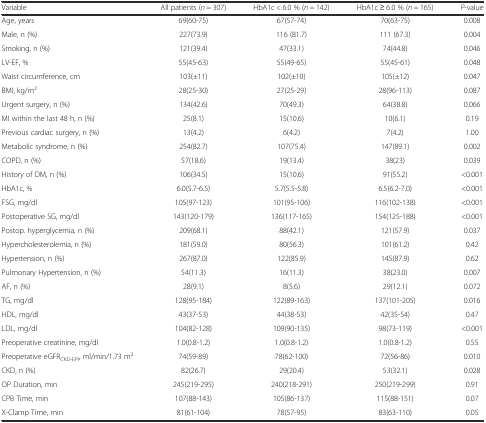
<table><thead><tr><td><b>Variable</b></td><td><b>All patients (<i>n</i> = 307)</b></td><td><b>HbA1c &lt; 6.0 % (<i>n</i> = 142)</b></td><td><b>HbA1c ≥ 6.0 % (<i>n</i> = 165)</b></td><td><b><i>P</i>-value</b></td></tr></thead><tbody><tr><td>Age, years</td><td>69(60-75)</td><td>67(57-74)</td><td>70(63-75)</td><td>0.008</td></tr><tr><td>Male, n (%)</td><td>227(73.9)</td><td>116 (81.7)</td><td>111 (67.3)</td><td>0.004</td></tr><tr><td>Smoking, n (%)</td><td>121(39.4)</td><td>47(33.1)</td><td>74(44.8)</td><td>0.046</td></tr><tr><td>LV-EF, %</td><td>55(45-63)</td><td>55(49-65)</td><td>55(45-61)</td><td>0.048</td></tr><tr><td>Waist circumference, cm</td><td>103(±11)</td><td>102(±10)</td><td>105(±12)</td><td>0.047</td></tr><tr><td>BMI, kg/m<sup>2</sup></td><td>28(25-30)</td><td>27(25-29)</td><td>28(96-113)</td><td>0.087</td></tr><tr><td>Urgent surgery, n (%)</td><td>134(42.6)</td><td>70(49.3)</td><td>64(38.8)</td><td>0.066</td></tr><tr><td>MI within the last 48 h, n (%)</td><td>25(8.1)</td><td>15(10.6)</td><td>10(6.1)</td><td>0.19</td></tr><tr><td>Previous cardiac surgery, n (%)</td><td>13(4.2)</td><td>6(4.2)</td><td>7(4.2)</td><td>1.00</td></tr><tr><td>Metabolic syndrome, n (%)</td><td>254(82.7)</td><td>107(75.4)</td><td>147(89.1)</td><td>0.002</td></tr><tr><td>COPD, n (%)</td><td>57(18.6)</td><td>19(13.4)</td><td>38(23)</td><td>0.039</td></tr><tr><td>History of DM, n (%)</td><td>106(34.5)</td><td>15(10.6)</td><td>91(55.2)</td><td>&lt;0.001</td></tr><tr><td>HbA1c, %</td><td>6.0(5.7-6.5)</td><td>5.7(5.5-5.8)</td><td>6.5(6.2-7.0)</td><td>&lt;0.001</td></tr><tr><td>FSG, mg/dl</td><td>105(97-123)</td><td>101(95-106)</td><td>116(102-138)</td><td>&lt;0.001</td></tr><tr><td>Postoperative SG, mg/dl</td><td>143(120-179)</td><td>136(117-165)</td><td>154(125-188)</td><td>&lt;0.001</td></tr><tr><td>Postop. hyperglycemia, n (%)</td><td>209(68.1)</td><td>88(42.1)</td><td>121(57.9)</td><td>0.037</td></tr><tr><td>Hypercholesterolemia, n (%)</td><td>181(59.0)</td><td>80(56.3)</td><td>101(61.2)</td><td>0.42</td></tr><tr><td>Hypertension, n (%)</td><td>267(87.0)</td><td>122(85.9)</td><td>145(87.9)</td><td>0.62</td></tr><tr><td>Pulmonary Hypertension, n (%)</td><td>54(11.3)</td><td>16(11.3)</td><td>38(23.0)</td><td>0.007</td></tr><tr><td>AF, n (%)</td><td>28(9.1)</td><td>8(5.6)</td><td>29(12.1)</td><td>0.072</td></tr><tr><td>TG, mg/dl</td><td>128(95-184)</td><td>122(89-163)</td><td>137(101-205)</td><td>0.016</td></tr><tr><td>HDL, mg/dl</td><td>43(37-53)</td><td>44(38-53)</td><td>42(35-54)</td><td>0.47</td></tr><tr><td>LDL, mg/dl</td><td>104(82-128)</td><td>109(90-135)</td><td>98(73-119)</td><td>&lt;0.001</td></tr><tr><td>Preoperative creatinine, mg/dl</td><td>1.0(0.8-1.2)</td><td>1.0(0.8-1.2)</td><td>1.0(0.8-1.2)</td><td>0.55</td></tr><tr><td>Preoperative eGFR<sub>CKD-EPI</sub>, ml/min/1.73 m<sup>2</sup></td><td>74(59-89)</td><td>78(62-100)</td><td>72(56-86)</td><td>0.010</td></tr><tr><td>CKD, n (%)</td><td>82(26.7)</td><td>29(20.4)</td><td>53(32.1)</td><td>0.028</td></tr><tr><td>OP Duration, min</td><td>245(219-295)</td><td>240(218-291)</td><td>250(219-299)</td><td>0.91</td></tr><tr><td>CPB Time, min</td><td>107(88-143)</td><td>105(86-137)</td><td>115(88-151)</td><td>0.07</td></tr><tr><td>X-Clamp Time, min</td><td>81(61-104)</td><td>78(57-95)</td><td>83(63-110)</td><td>0.05</td></tr></tbody></table>